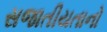
સજાતીયતાનો